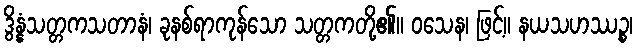
ဒွိန္နံသတ္တကသတာနံ၊ ခုနစ်ရာကုန်သော သတ္တကတို့၏။ ဝသေန၊ ဖြင့်။ နယသဟဿဉ္စ၊